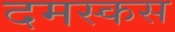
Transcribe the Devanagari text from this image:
दमस्कस